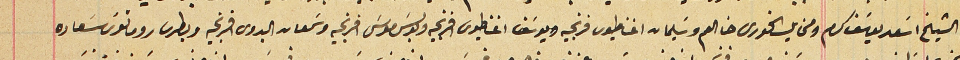
والشيخ اسَعد يوسَف كرم ومخايل الخورى حنا العم وسَليمان اغناطيوس فرنجيه ويوسَف اغناطيوسَ افرنجيه وبولسَ موسَى افرنجيه وسَمعان البدوى افرنجيه وبطرس رومانوسَ سَعاده